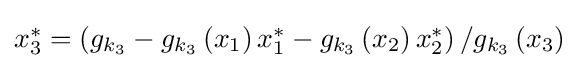
{\textstyle x_{3}^{*}=\left(g_{k_{3}}-g_{k_{3}}\left(x_{1}\right)x_{1}^{*}-g_{k_{3}}\left(x_{2}\right)x_{2}^{*}\right)/g_{k_{3}}\left(x_{3}\right)}